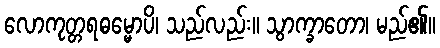
လောကုတ္တရဓမ္မောပိ၊ သည်လည်း။ သွာက္ခာတော၊ မည်၏။